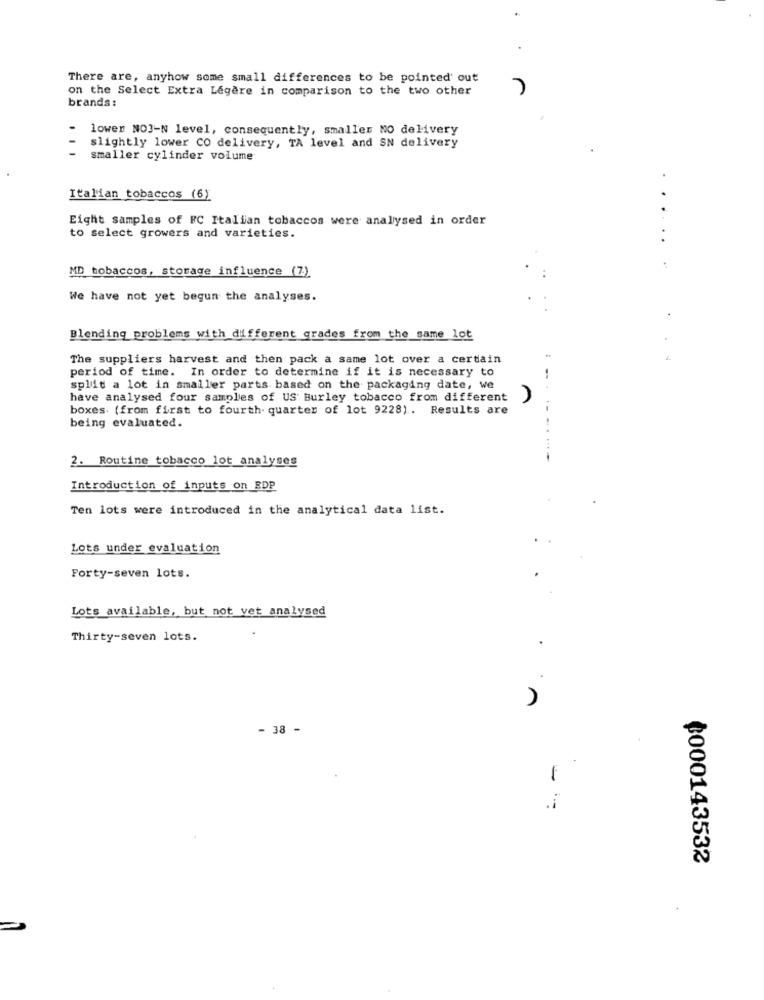
There are, anyhow some small differences to be pointed out
on the Select Extra Legere in comparison to the two other
brands :
lowen NO3-N level, consequently, smaller NO delivery
slightly lower CO delivery, TA level and SN delivery
smaller cylinder volume
Italian tobaccos (6)
Eight samples of FC Italian tobaccos were analysed in order
to select growers and varieties.
MD tobaccos, storage influence (7)
.......
We have not yet begun the analyses.
Blending problems with different grades from the same lot
The suppliers harvest and then pack a same lot over a certain
period of time. In order to determine if it is necessary to
split a lot in smaller parts based on the packaging date, we
have analysed four samples of US Burley tobacco from different
boxes (from first to fourth quarter of lot 9228). Results are
being evaluated.
.- -.
2. Routine tobacco lot analyses
Introduction of inputs on EDP
Ten lots were introduced in the analytical data list.
Lots under evaluation
Forty-seven lots.
Lots available, but not vet analysed
...
Thirty-seven lots.
- 38 -
= =
¢000143532